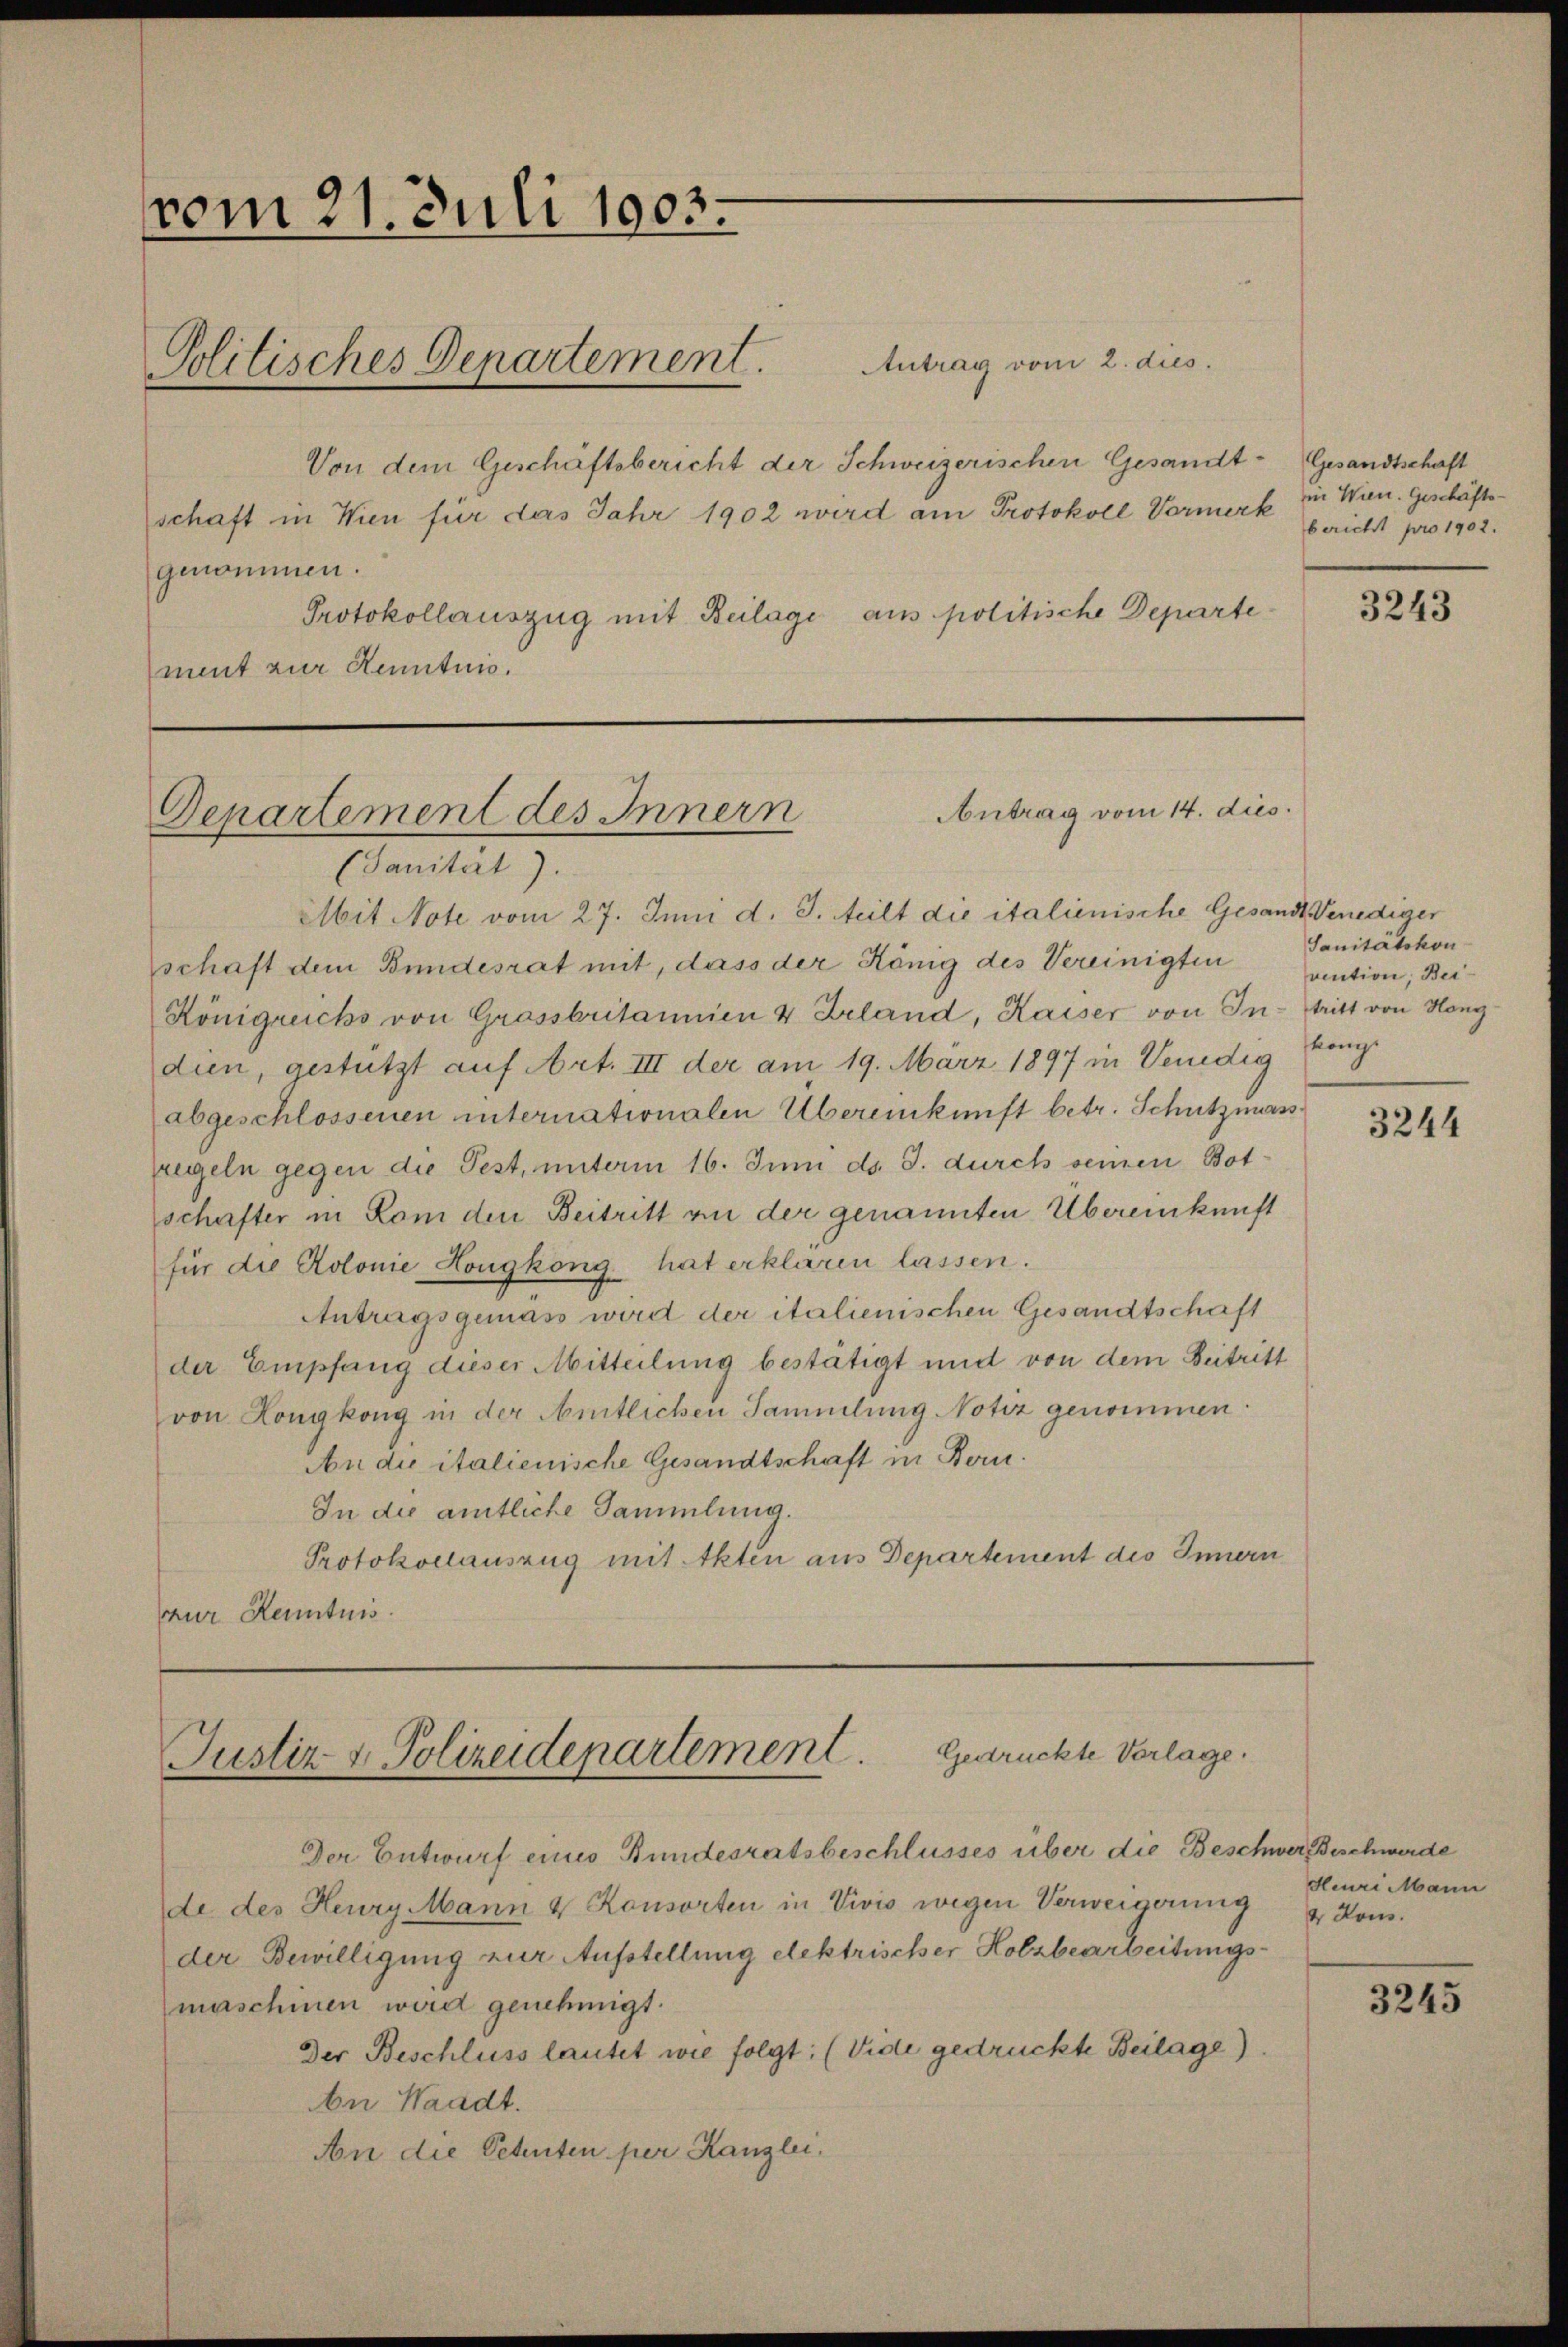
vom 21. Juli 1903.

Politisches Departement. Antrag vom 2. dies

schaft in Wien für das Jahr 1902 wird am Protokoll Vormerk

Von dem Geschäftsbericht der Schweizerischen Gesandt- Gesandtschaft
genommen.
Protokollauszug mit Beilage aus politische Departement zur Kenntnis.

Antrag vom 14. dies
Departement des Innern
(Sanität).

Justiz & Polizeidepartement. Gestrückte Verlage.

Der Entwurf eines Bundesratsbeschlusses über die Beschwer Beschwerde
de des Heury Mann & Konsorten in Vivis wegen Verweigerung & Komder Bewilligung zur Aufstellung elektrischer Holzbearbeitungsmaschinen wird genehmigt.
Der Beschluss lautet wie folgt: (Vide gedrückte Beilage)
An Waadt.
An die Petenten per Kanzlei,

in Wien. Geschäfts-
bericht pro 1902.

Mit Note vom 27. Juni d. J. teilt die italienische Gesandt Venediger
schaft dem Bundesrat mit, dass der König des Vereinigten
Königreichs von Grassbritannien 4 Irland, Kaiser von Indien, gestützt auf Art. III der am 19. März 1897 in Venedig
abgeschlossenen internationalen Übereinkunft betr. Schutzmass
Eegeln gegen die Fest, unterm 16. Juni d. J. durch seinen Botschafter in Rom den Beitritt an der genannten Übereinkunft
für die Kolonie Hougkong hat erklären lassen.
Antragsgemäss wird der italienischen Gesandtschaft
der Empfang dieser Mitteilung bestätigt und von dem Beitritt
von Hongkong in der Amtlichen Sammlung Notiz genommen.
An die italienische Gesandtschaft in Bern.
In die amtliche Sammlung.
Protokollauszug mit Akten aus Departement des Innern
zur Kenntnis.

3243

Sanitätskon
vention, Bei
tritt von Höng
könig.

3244

Heuri Mann

3245